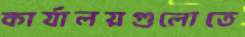
কার্যালয়গুলোতে